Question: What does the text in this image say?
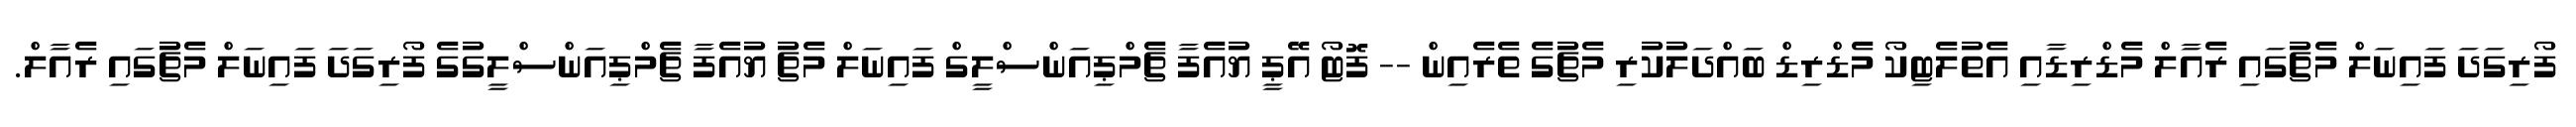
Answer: ފޯރިގަދަ ފައިނަލް މެޗުގައި ރެއާލް މެޑްރިޑާއި އެތުލެޓިކޯ މެޑްރިޑް ބައްދަލުކުރި މެޗުގެ ތެރެއިން -- ފޮޓޯ އޭޕީ ޔުއެފާ ޗެމްޕިއަންސްލީގް ފައިނަލް މެޗު ޔުއެފާ ޗެމްޕިއަންސްލީގުގެ ފޯރިގަދަ ފައިނަލް މެޗުގައި ރެއާލް.